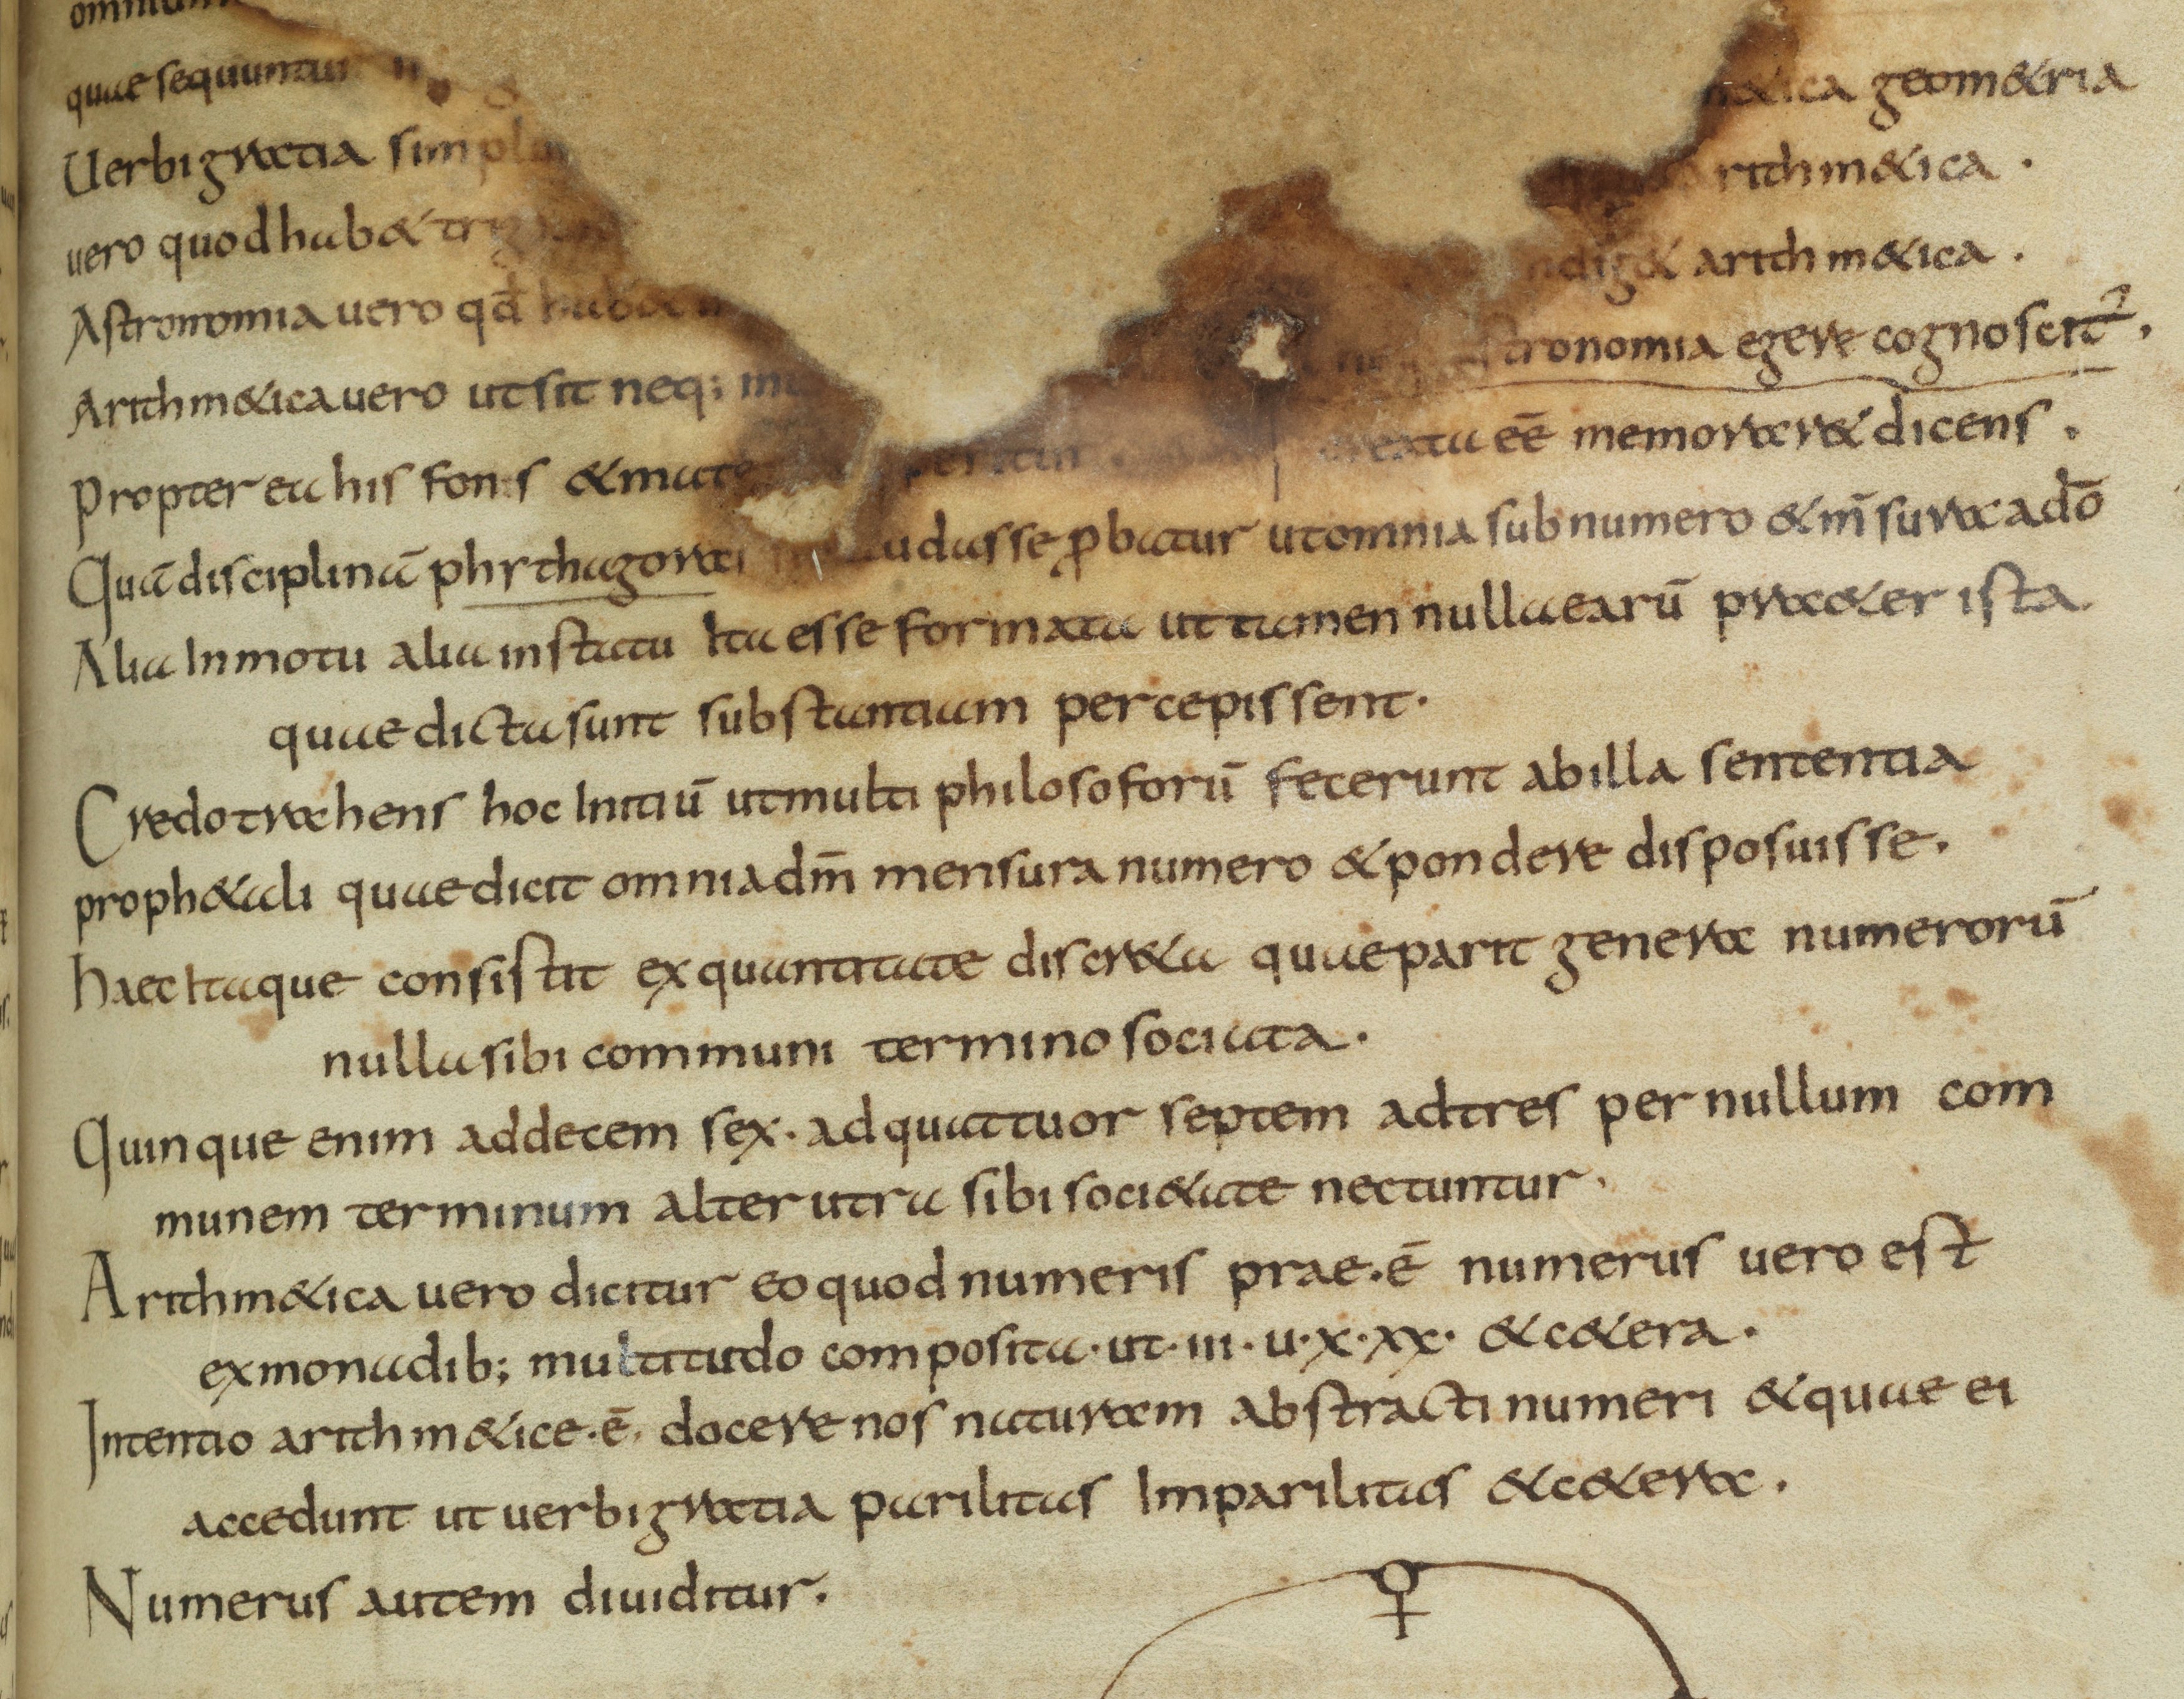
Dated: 825–849